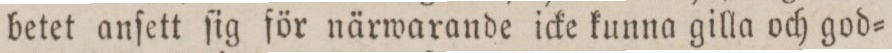
betet anſett ſig för närwarande icke kunna gilla och god=